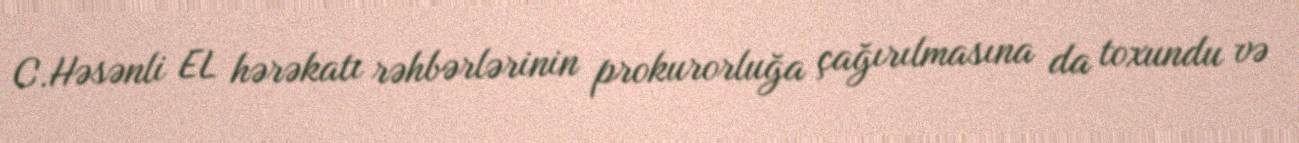
C.Həsənli EL hərəkatı rəhbərlərinin prokurorluğa çağırılmasına da toxundu və